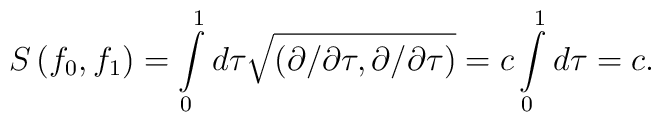
S\left( f_{0},f_{1}\right) =\int\limits_{0}^{1}d\tau \sqrt{\left( \partial/\partial \tau ,\partial /\partial \tau \right) }=c\int\limits_{0}^{1}d\tau=c.